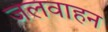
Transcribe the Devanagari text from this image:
जलवाहन